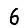
Digit: 6